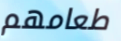
طعامهم